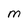
Character: M